Report on lock hospitals in British Burma
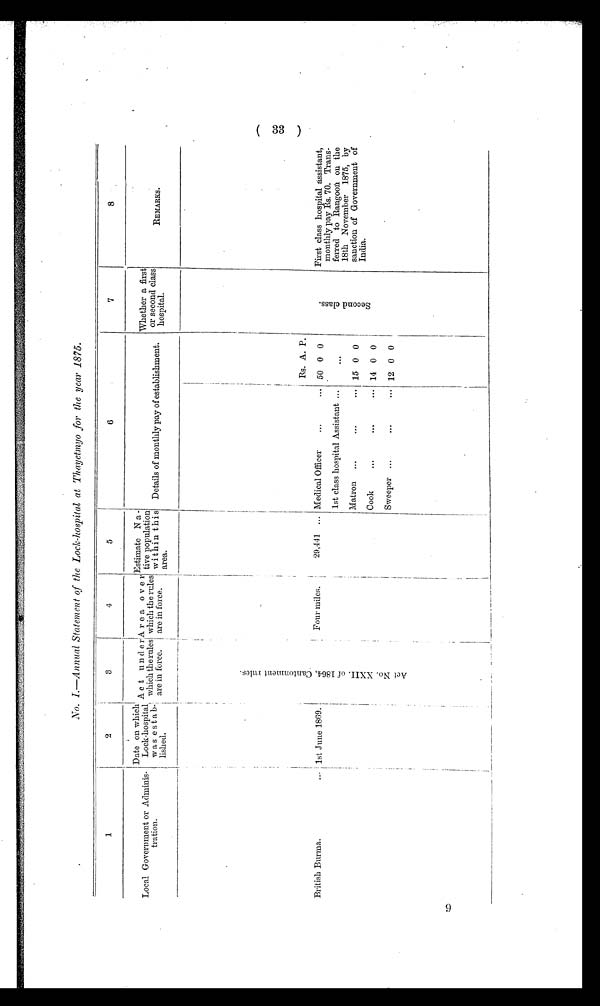
No. I.—Annual Statement of the Lock-hospital at Thayetmyo for the year 1875.
1
2
3
4
5
6
7
8
Local Government or Adminis-
tration.
Date on which
Lock - hospital
was estab-
lished.
Act under
which the rules
are in force.
Area over
which the rules
are in force.
Estimate Na-
tive population
within this
area.
Details of monthly pay of establishment.
Whether a first
or second class
hospital.
REMARKS.
.
A c t N o . X X I I O F 1 8 6 4 , C a n t o n m e n t r u l e s .
Rs. A. P.
S e c o n d c l a s s .
British Burma.
. . . 1st June 1869.
Four miles.
29.441 ... Medical Officer
. . .
. . .
50 0 0
First class hospital assistant,
monthly pay Rs. 70. Trans-
ferred to Rangoon on the
18th November 1875, by
sanction of Government of
India.
1st class hospital Assistant ...
Matron ...
. . .
. . .
15 0 0
Cook
...
. . .
. . .
14 0 0
Sweeper ...
...
. . .
12 0 0